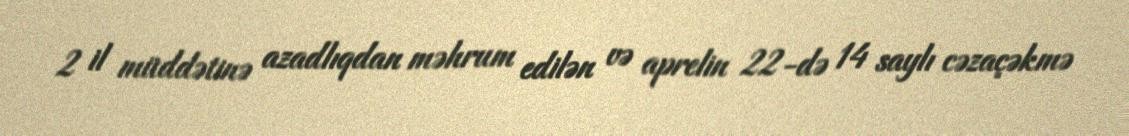
2 il müddətinə azadlıqdan məhrum edilən və aprelin 22-də 14 saylı cəzaçəkmə